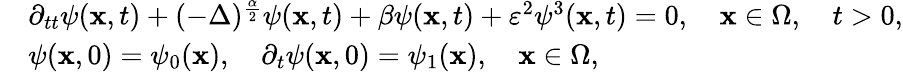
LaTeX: \begin{array}{rl}&{\partial_{tt}\psi(\textbf{x},t)+(-\Delta)^{\frac{\alpha}{2}}\psi(\textbf{x},t)+\beta\psi(\textbf{x},t)+\varepsilon^{2}\psi^{3}(\textbf{x},t)=0,\quad\textbf{x}\in\Omega,\quad t>0,}\\ &{\psi(\textbf{x},0)=\psi_{0}(\textbf{x}),\quad\partial_{t}\psi(\textbf{x},0)=\psi_{1}(\textbf{x}),\quad\textbf{x}\in\Omega,}\end{array}